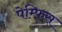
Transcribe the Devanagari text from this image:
पेम्फ़िस